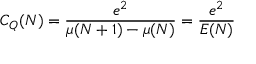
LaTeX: C _ { Q } ( N ) = { \frac { e ^ { 2 } } { \mu ( N + 1 ) - \mu ( N ) } } = { \frac { e ^ { 2 } } { E ( N ) } }